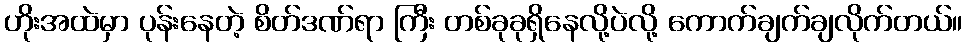
ဟိုးအထဲမှာ ပုန်းနေတဲ့ စိတ်ဒဏ်ရာ ကြီး တစ်ခုခုရှိနေလို့ပဲလို့ ကောက်ချက်ချလိုက်တယ်။